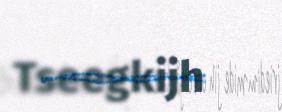
Tseegkijh